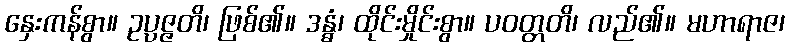
နှေးကန်စွာ။ ဥပ္ပဇ္ဇတိ၊ ဖြစ်၏။ ဒန္ဓံ၊ ထိုင်းမှိုင်းစွာ။ ပဝတ္တတိ၊ လည်၏။ မဟာရာဇ၊